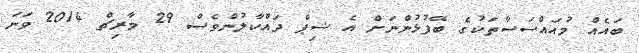
ބައެއް މުއައްސަސާތަކުގެ ބޭފުޅުންނަށް އެ ޝިޕް ދައްކާލުންވެސް 29 މާރިޗް 2014 ވަނަ